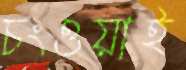
চংওয়াই